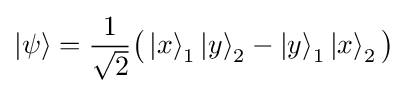
\left|\psi \right\rangle ={\frac {1}{\sqrt {2}}}{\bigl (}\left|x\right\rangle _{1}\left|y\right\rangle _{2}-\left|y\right\rangle _{1}\left|x\right\rangle _{2}{\bigr )}